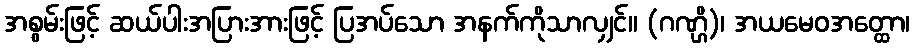
အစွမ်းဖြင့် ဆယ်ပါးအပြားအားဖြင့် ပြအပ်သော အနက်ကိုသာလျှင်။ (ဂဏ္ဌိ)၊ အယမေဝအတ္ထော၊